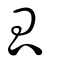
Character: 瓜